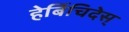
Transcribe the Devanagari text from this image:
हेर्बिचिदेस्